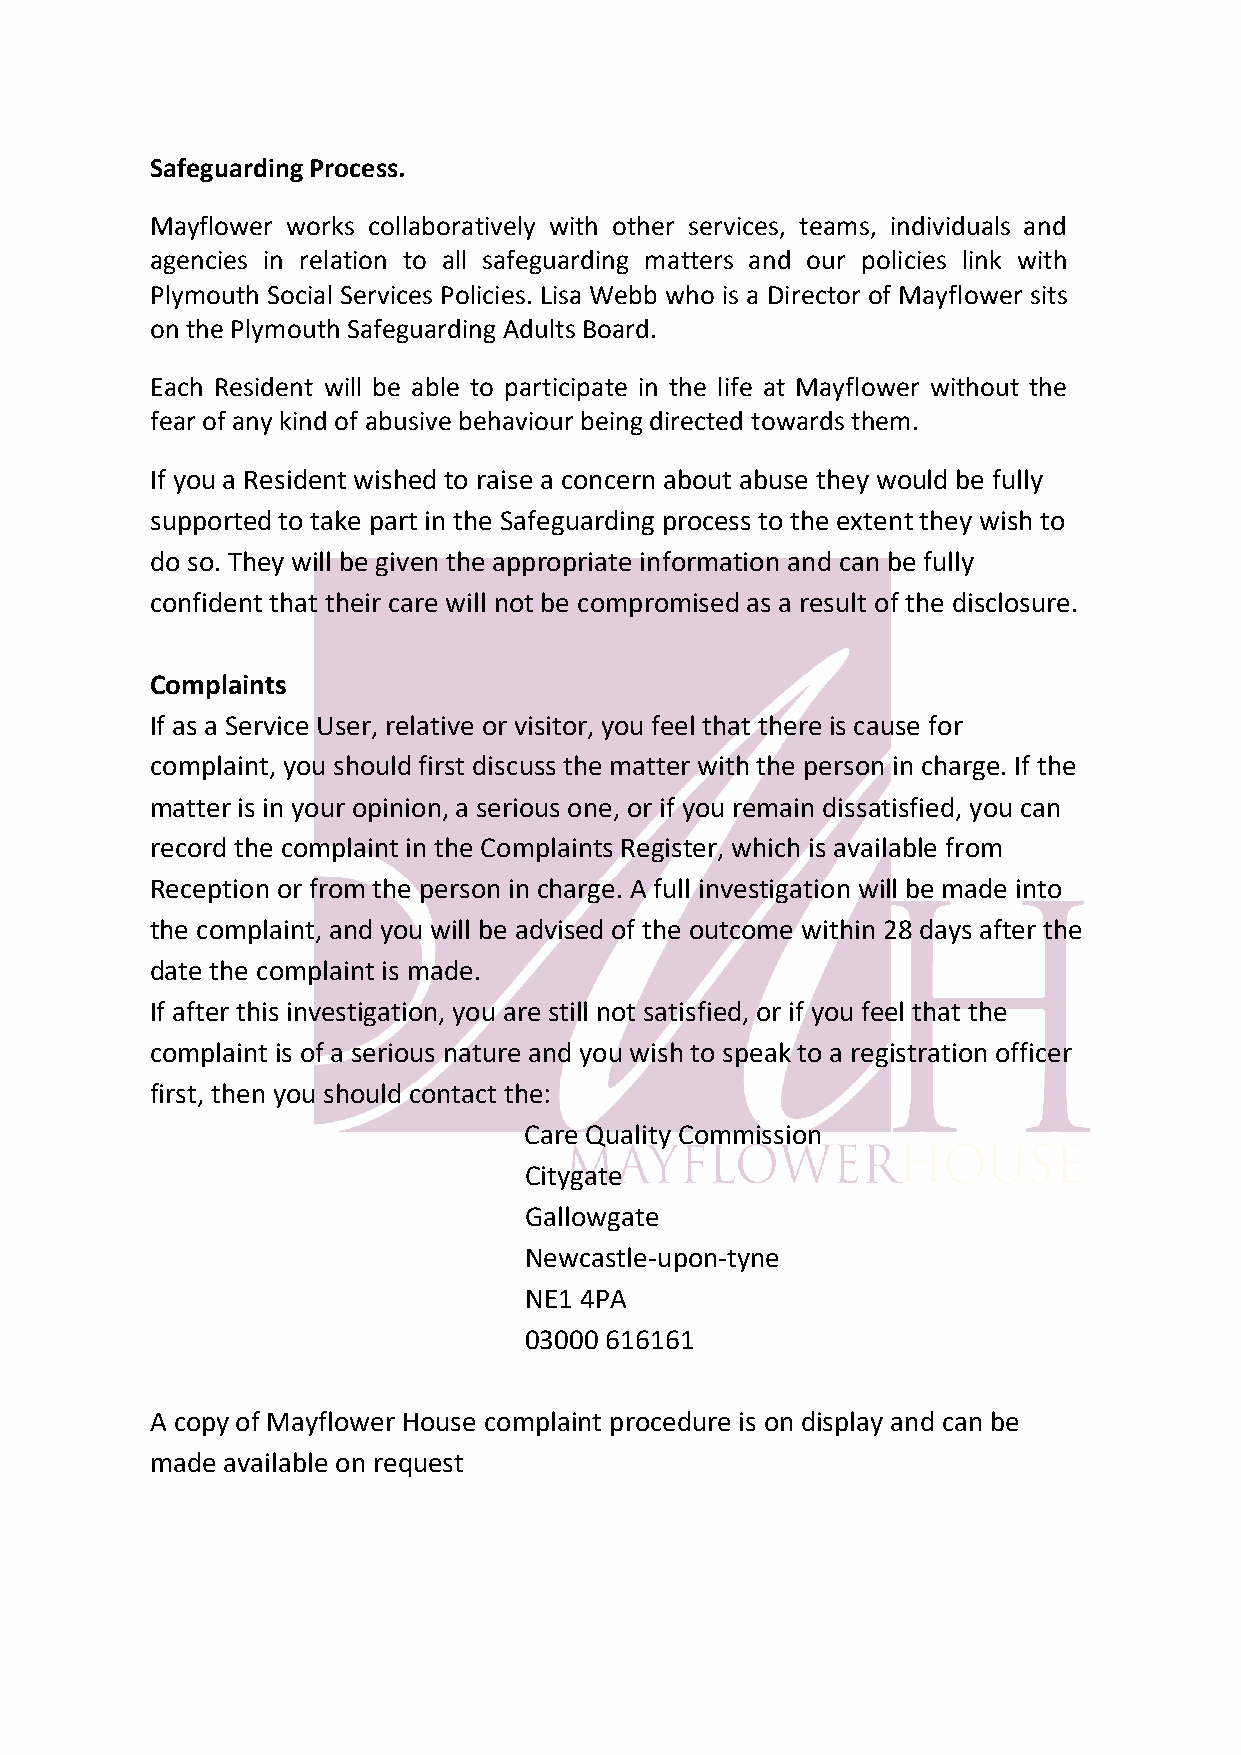
Safeguarding Process.
 Mayflower works collaboratively with other services, teams, individuals and
 agencies in relation to all safeguarding matters and our policies link with
 Plymouth Social Services Policies. Lisa Webb who is a Director of Mayflower sits
 on the Plymouth Safeguarding Adults Board.
 Each Resident will be able to participate in the life at Mayflower without the
 fear of any kind of abusive behaviour being directed towards them.
 If you a Resident wished to raise a concern about abuse they would be fully
 supported to take part in the Safeguarding process to the extent they wish to
 do so. They will be given the appropriate information and can be fully
 confident that their care will not be compromised as a result of the disclosure.
 Complaints
 If as a Service User, relative or visitor, you feel that there is cause for
 complaint, you should first discuss the matter with the person in charge. If the
 matter is in your opinion, a serious one, or if you remain dissatisfied, you can
 record the complaint in the Complaints Register, which is available from
 Reception or from the person in charge. A full investigation will be made into
 the complaint, and you will be advised of the outcome within 28 days after the
 date the complaint is made.
 If after this investigation, you are still not satisfied, or if you feel that the
 complaint is of a serious nature and you wish to speak to a registration officer
 first, then you should contact the:
 Care Quality Commission
 Citygate
 Gallowgate
 Newcastle-upon-tyne
 NE1 4PA
 03000 616161
 A copy of Mayflower House complaint procedure is on display and can be
 made available on request